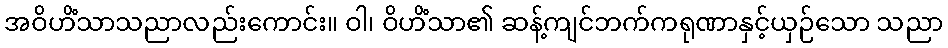
အဝိဟိံသာသညာလည်းကောင်း။ ဝါ၊ ဝိဟိံသာ၏ ဆန့်ကျင်ဘက်ကရုဏာနှင့်ယှဉ်သော သညာ